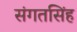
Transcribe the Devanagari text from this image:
संगतसिंह